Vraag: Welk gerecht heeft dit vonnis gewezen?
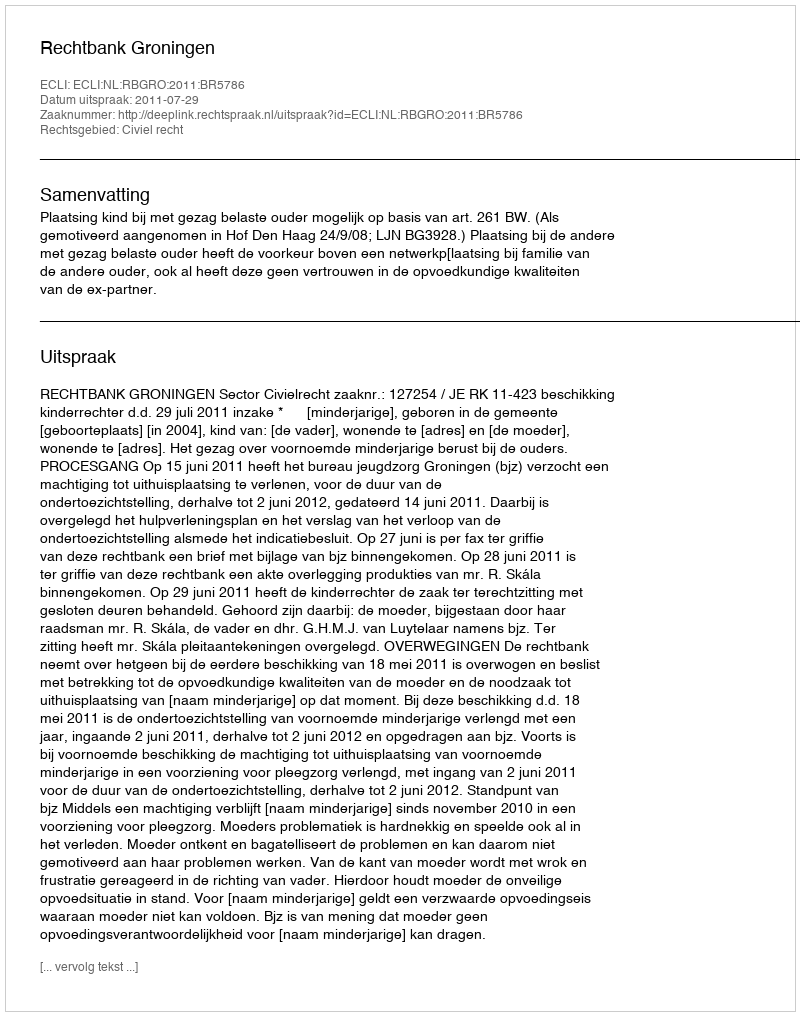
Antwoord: Rechtbank Groningen